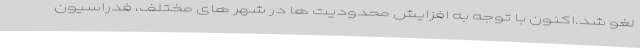
لغو شد.اکنون با توجه به افزایش محدودیت ها در شهر های مختلف، فدراسیون